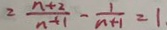
2 \frac { n + 2 } { n + 1 } - \frac { 1 } { n + 1 } = 1